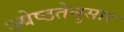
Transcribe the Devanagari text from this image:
ज्येष्ठतेनुसार